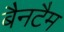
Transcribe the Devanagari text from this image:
बैनटैम